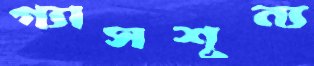
গ্যাসশূন্য